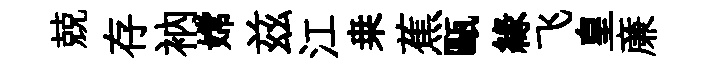
兢存衲嫦兹江桒蕉甌緣飞皇亷